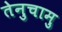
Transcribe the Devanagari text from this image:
तेनुचामु